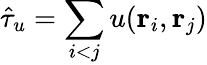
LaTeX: \hat{\tau}_{u}=\sum_{i<j}u({\mathbf{r}_{i}},{\mathbf{r}_{j}})